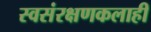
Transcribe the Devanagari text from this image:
स्वसंरक्षणकलाही